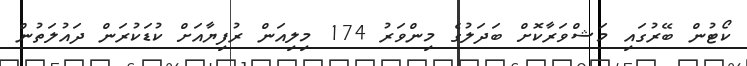
ކޯޓުން ބޭރުގައި މަޝްވަރާކޮށް ބަދަލުގެ މިންވަރު 174 މިލިއަން ރުފިޔާއަށް ކުޑަކުރަން ދައުލަތުން